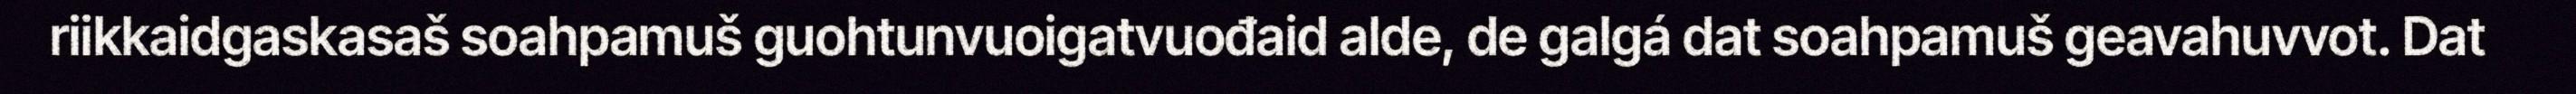
riikkaidgaskasaš soahpamuš guohtunvuoigatvuođaid alde, de galgá dat soahpamuš geavahuvvot. Dat